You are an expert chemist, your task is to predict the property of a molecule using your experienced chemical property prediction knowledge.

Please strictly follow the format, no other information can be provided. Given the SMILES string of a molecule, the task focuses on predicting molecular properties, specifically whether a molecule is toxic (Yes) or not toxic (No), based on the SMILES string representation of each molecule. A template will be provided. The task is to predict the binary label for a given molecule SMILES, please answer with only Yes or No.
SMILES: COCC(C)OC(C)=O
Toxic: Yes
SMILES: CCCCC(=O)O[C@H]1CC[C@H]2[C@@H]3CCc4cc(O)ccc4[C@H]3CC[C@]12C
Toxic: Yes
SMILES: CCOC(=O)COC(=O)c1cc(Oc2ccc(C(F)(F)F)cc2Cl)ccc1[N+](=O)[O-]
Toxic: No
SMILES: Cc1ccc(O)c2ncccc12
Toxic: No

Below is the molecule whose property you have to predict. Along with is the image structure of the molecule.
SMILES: Cc1ccc(C(=O)O)cc1[N+](=O)[O-]
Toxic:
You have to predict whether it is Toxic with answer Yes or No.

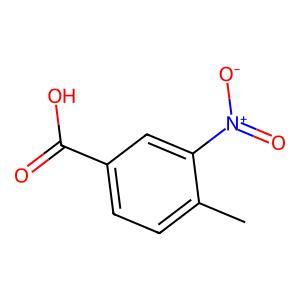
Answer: No